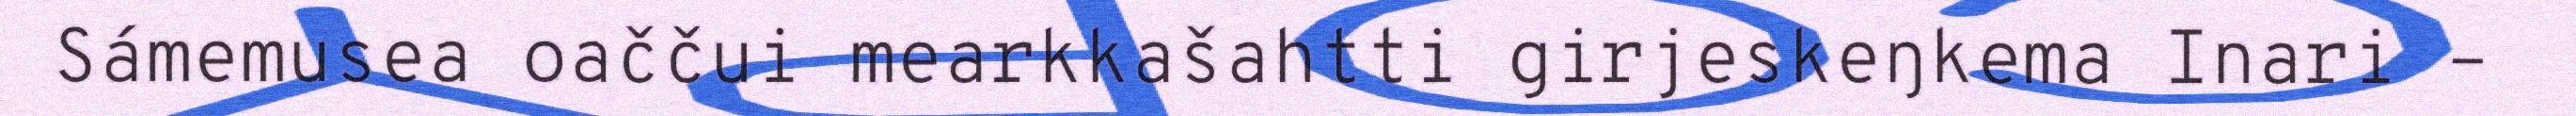
Sámemusea oaččui mearkkašahtti girjeskeŋkema Inari –